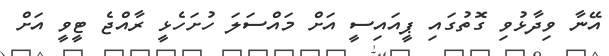
އޭނާ ވިދާޅުވި ގޮތުގައި ޕީއައިސީ އަށް މައްސަލަ ހުށަހެޅީ ރާއްޖެ ޓީވީ އަށް